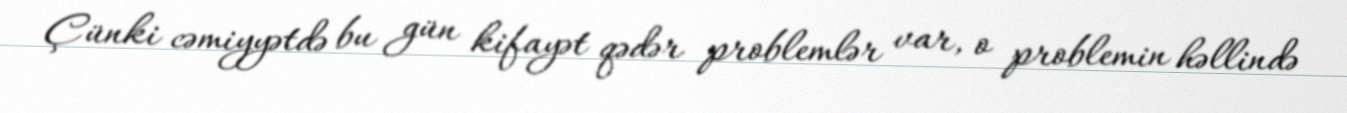
Çünki cəmiyyətdə bu gün kifayət qədər problemlər var, o problemin həllində